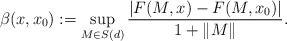
\begin{align*}\beta(x,x_0):=\sup_{M\in S(d)}\frac{|F(M,x)-F(M,x_0)|}{1+\|M\|}.\end{align*}